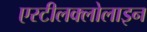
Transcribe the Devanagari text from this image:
एस्टीलक्लोलाइन